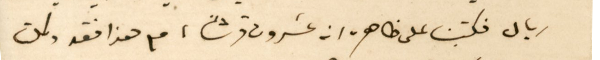
ريال فكتبنا على ظاهره، انه عشرون قرشًا، مع هذا فقد وكلت